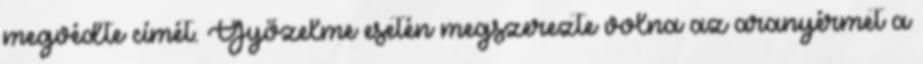
megvédte címét. Győzelme esetén megszerezte volna az aranyérmet a